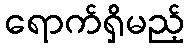
ရောက်ရှိမည့်